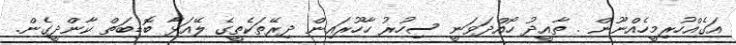
އަގެއްހުރިމީހެއްނޫން . ތާއީދު ހޯއްދަވަނީ ސިހުރު ހާހޫރައިން ދިރޭތަކެތީގެ ލޭއަޅާ ބޮޑިބަތް ކާންދީގެން.